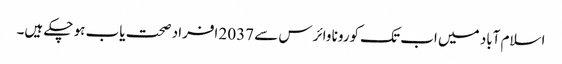
اسلام آباد میں اب تک کورونا وائرس سے 2037 افراد صحت یاب ہو چکے ہیں۔